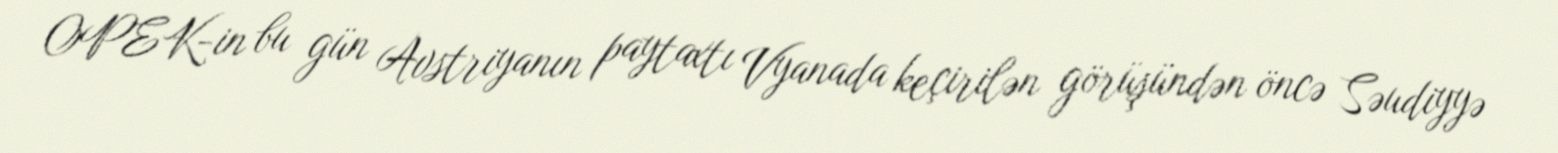
OPEK-in bu gün Avstriyanın paytaxtı Vyanada keçirilən görüşündən öncə Səudiyyə